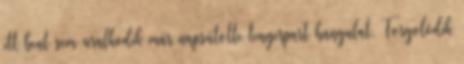
itt bent sem uralkodik már napsütötte tengerpart hangulat. Forgolódik